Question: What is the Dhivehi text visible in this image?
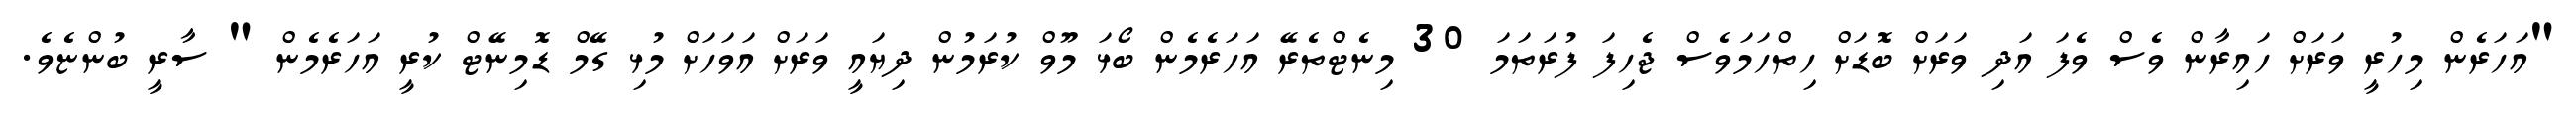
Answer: "އަހަރެން މިހުރީ ވަރަށް ހައިރާން ވެސް ވެފަ އަދި ވަރަށް ބޮޑަށް ހިތްހަމަވެސް ޖެހިފަ ފުރަތަމަ 30 މިނެޓްތެރޭ އަހަރެމެން ބޯޅަ މޫވް ކުރަމުން ދިޔައީ ވަރަށް އަވަހަށް މުޅި ގޭމް ޑޮމިނޭޓް ކުރީ އަހަރެމެން " ސާރީ ބުންޏެވެ.